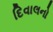
દિવાલનો